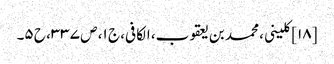
[۱۸] کلینی، محمد بن یعقوب، الکافی، ج ۱، ص ۳۳۷، ح ۵۔